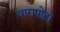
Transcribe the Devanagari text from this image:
वारापोहा